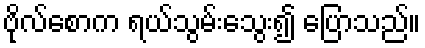
ဗိုလ်စောက ရယ်သွမ်းသွေး၍ ပြောသည်။